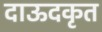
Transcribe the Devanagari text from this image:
दाऊदकृत